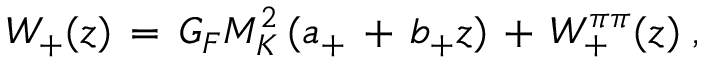
W _ { + } ( z ) \, = \, G _ { F } M _ { K } ^ { 2 } \, ( a _ { + } \, + \, b _ { + } z ) \, + \, W _ { + } ^ { \pi \pi } ( z ) \; ,